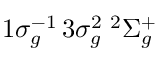
1 \sigma _ { g } ^ { - 1 } \, 3 \sigma _ { g } ^ { 2 } \; { ^ 2 } \Sigma _ { g } ^ { + }